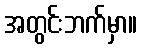
အတွင်းဘက်မှာ။